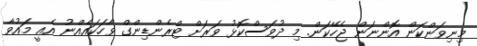
މިނިވަންކަން އޮންނަން ޖެހޭކަން. މި ދުވަސްކޮޅު ވަރަށް ޓްރެންޑިންގް ވާހަކައެއްނު އެއީ މައުވާ